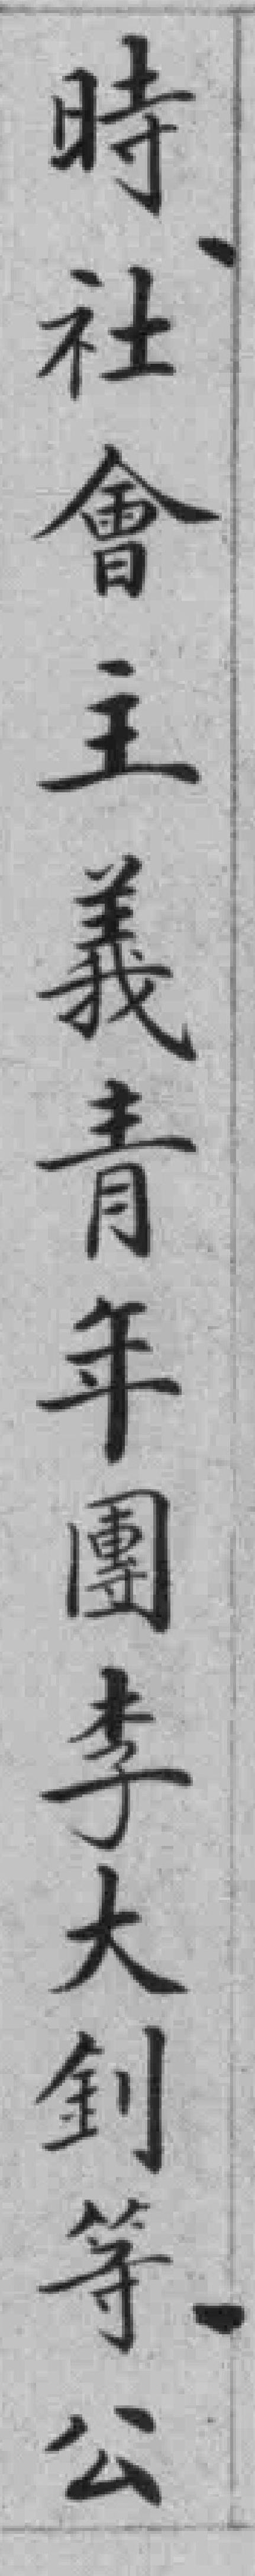
時社會主義青年團李大釗等公